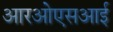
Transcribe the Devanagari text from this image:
आरओएसआई